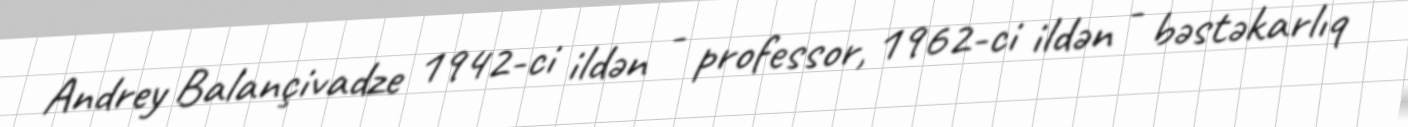
Andrey Balançivadze 1942-ci ildən - professor, 1962-ci ildən - bəstəkarlıq